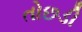
તોછડી